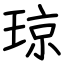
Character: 琼